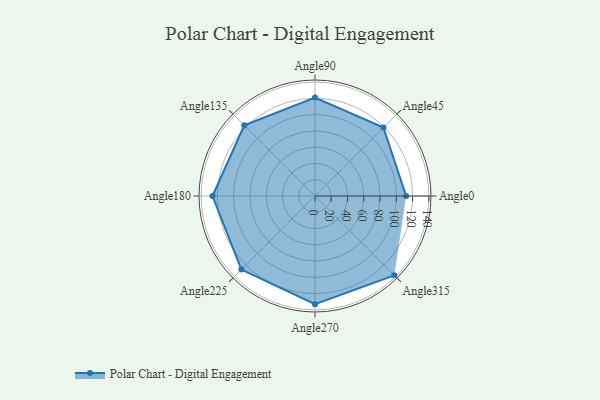
{"axis": {"x": "Angle", "y": "Radius"}, "legend": [""], "data": [{"x": "Angle0", "y": 112.0, "type": ""}, {"x": "Angle45", "y": 119.0, "type": ""}, {"x": "Angle90", "y": 121.0, "type": ""}, {"x": "Angle135", "y": 123.0, "type": ""}, {"x": "Angle180", "y": 126.0, "type": ""}, {"x": "Angle225", "y": 128.0, "type": ""}, {"x": "Angle270", "y": 133.0, "type": ""}, {"x": "Angle315", "y": 138.0, "type": ""}]}